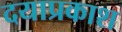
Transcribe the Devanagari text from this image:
दयाप्रकाश